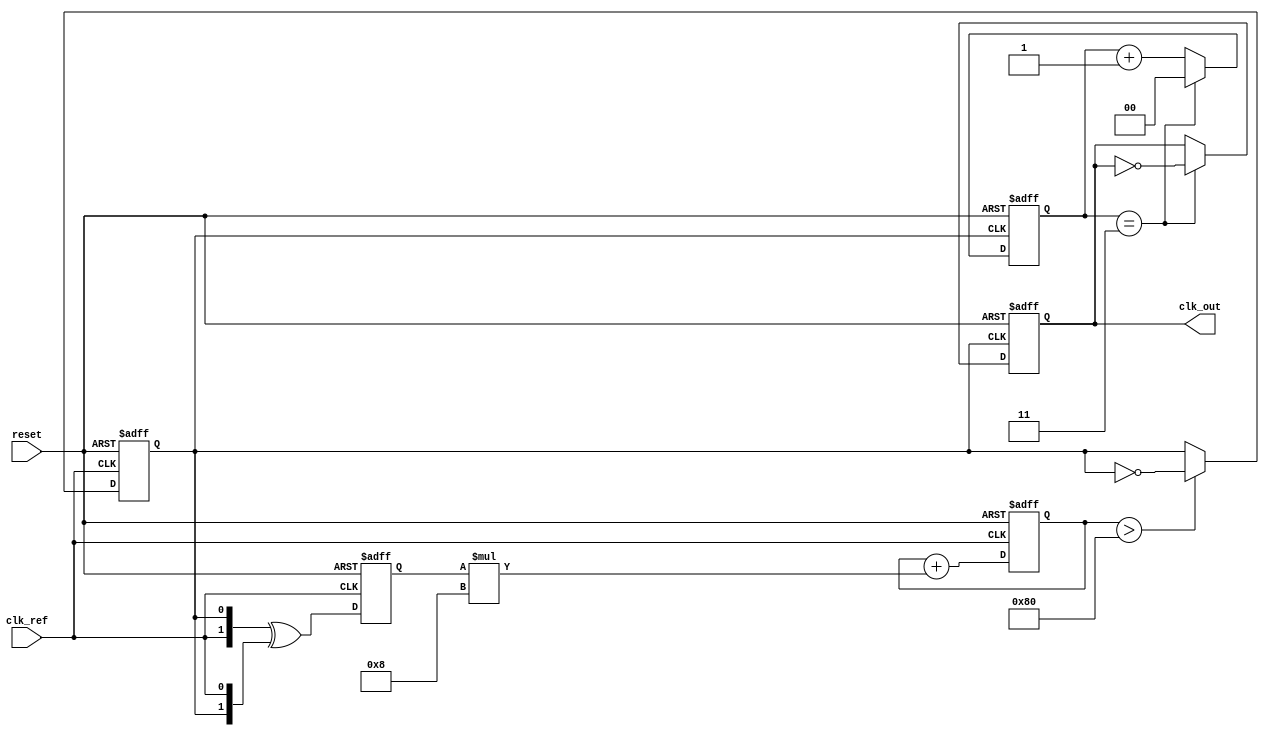
module PLL (
    input wire clk_ref,          // Reference clock input
    input wire reset,            // Reset signal
    output reg clk_out           // Output clock
);

// Parameters
parameter DIV_RATIO = 4;       // Division ratio for the frequency divider
parameter LOOP_FILTER_GAIN = 8; // Gain for the loop filter

// Internal signals
reg [1:0] phase_error;          // Phase error signal from the phase detector
reg [7:0] control_voltage;      // Control voltage for the VCO
reg vco_clk;                   // VCO output clock
reg [1:0] divider_count;        // Counter for frequency division

// Phase Detector (PD)
always @(posedge clk_ref or posedge reset) begin
    if (reset) begin
        phase_error <= 2'b00;
    end else begin
        // Simple XOR phase detector
        phase_error <= {clk_ref, vco_clk} ^ {vco_clk, clk_ref};
    end
end

// Loop Filter (LF)
always @(posedge clk_ref or posedge reset) begin
    if (reset) begin
        control_voltage <= 8'b0;
    end else begin
        // Simple first-order loop filter
        control_voltage <= control_voltage + (phase_error * LOOP_FILTER_GAIN);
    end
end

// Voltage-Controlled Oscillator (VCO)
always @(posedge clk_ref or posedge reset) begin
    if (reset) begin
        vco_clk <= 1'b0;
    end else begin
        // Simple VCO model: toggle based on control voltage
        if (control_voltage > 128) begin
            vco_clk <= ~vco_clk; // Toggle VCO output based on control voltage
        end
    end
end

// Frequency Divider
always @(posedge vco_clk or posedge reset) begin
    if (reset) begin
        divider_count <= 2'b00;
        clk_out <= 1'b0;
    end else begin
        divider_count <= divider_count + 1;
        if (divider_count == DIV_RATIO - 1) begin
            clk_out <= ~clk_out; // Toggle output clock
            divider_count <= 2'b00; // Reset counter
        end
    end
end

endmodule